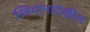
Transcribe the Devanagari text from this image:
स्त्रियांनादेखील